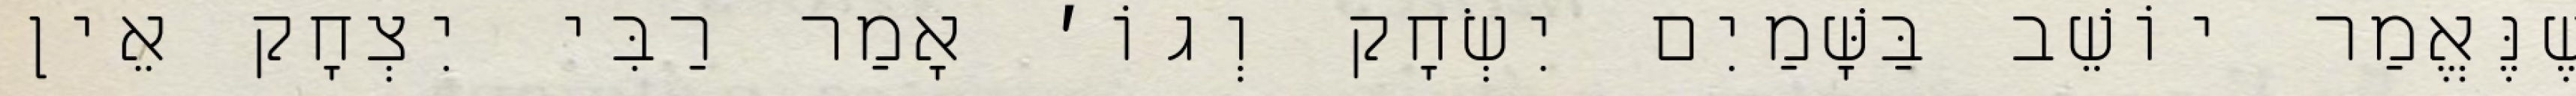
שֶׁנֶּאֱמַר יוֹשֵׁב בַּשָּׁמַיִם יִשְׂחָק וְגוֹ׳ אָמַר רַבִּי יִצְחָק אֵין